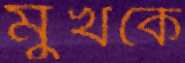
মুখকে